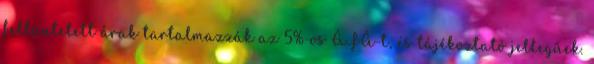
feltüntetett árak tartalmazzák az 5%-os ÁFÁ-t, és tájékoztató jellegűek.